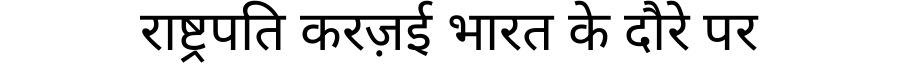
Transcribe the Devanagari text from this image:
राष्ट्रपति करज़ई भारत के दौरे पर